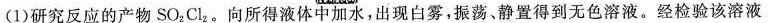
(1)研究反应的产物SO_{2}Cl_{2}。向所得液体中加水，出现白雾，振荡、静置得到无色溶液。经检验该溶液__